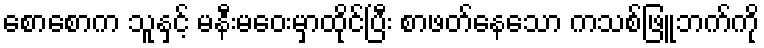
စောစောက သူနှင့် မနီးမဝေးမှာထိုင်ပြီး စာဖတ်နေသော ကသစ်ဖြူဘက်ကို